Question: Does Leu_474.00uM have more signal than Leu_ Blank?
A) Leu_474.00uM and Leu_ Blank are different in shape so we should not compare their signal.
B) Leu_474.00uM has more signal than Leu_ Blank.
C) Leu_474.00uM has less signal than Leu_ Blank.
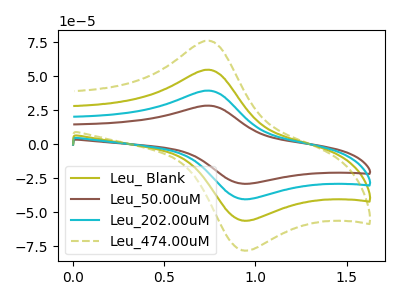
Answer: <think>The olive curve "Leu_ Blank" has an anodic peak at (0.75V, 54.80uA) and a cathodic peak at (0.95V, -56.15uA). The brown curve "Leu_50.00uM" has an anodic peak at (0.75V, 164.35uA) and a cathodic peak at (0.95V, -168.50uA). The cyan curve "Leu_202.00uM" has an anodic peak at (0.75V, 109.60uA) and a cathodic peak at (0.95V, -112.35uA). The olive dashed curve "Leu_474.00uM" has an anodic peak at (0.75V, 76.15uA) and a cathodic peak at (0.95V, -78.05uA).
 All the peaks in "Leu_474.00uM" have a peak in "Leu_ Blank" at the same potential. Every peak in "Leu_474.00uM" is higher than every peak in "Leu_ Blank".</think>
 <answer>B) "Leu_474.00uM" has more signal than "Leu_ Blank".</answer>
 <eval>B</eval>